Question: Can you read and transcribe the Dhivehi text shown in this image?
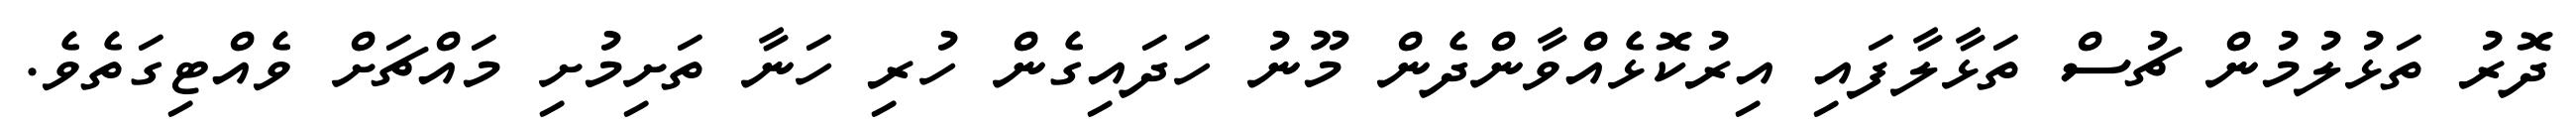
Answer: ދޮރު ތަޅުލުމުން ޗުސް ތަޅާލާފައި އިރުކޮޅެއްވާންދެން މޫނު ހަދައިގެން ހުރި ހަނާ ތަށިމުށި މައްޗަށް ވެއްޓިގަތެވެ.